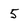
Character: 5